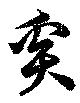
奚